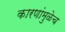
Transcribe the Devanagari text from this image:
कारणांमुळेच